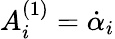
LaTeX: A_{i}^{(1)}=\dot{\alpha}_{i}